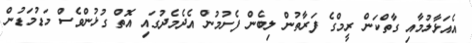
އެއަޅާލުމާއި ގާތްކަން ރީމްގެ ފަރާތުން ލިބެން ފެށުމުން އެދެމެދުގައި އޮތް ގުޅުންވެސް މަޑުމަޑުން